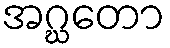
အဂ္ဃတော